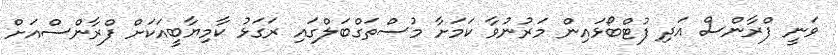
ވަނީ ފްރާންސް އަދި ފުޓްބޯޅައިން މަރުނުވާ ކަމަށާ މުސްތަގްބަލްގައި ރަގަޅު ކާމިޔާބީއަކަށް ފްރާންސްއަށް